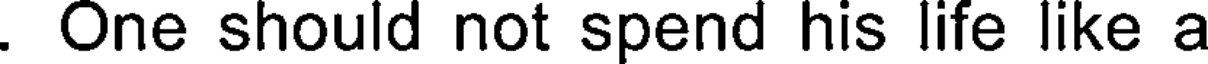
. One should not spend his life like a